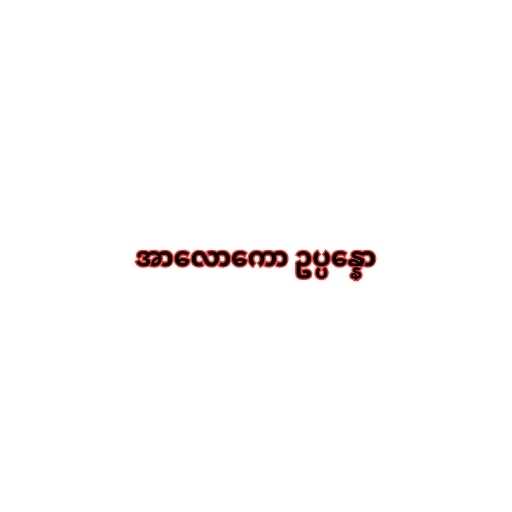
အာလောကော ဥပ္ပန္နော